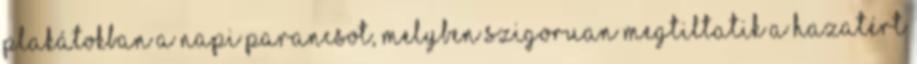
plakátokban a napi parancsot, melyben szigoruan megtiltatik a hazatért